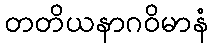
တတိယနာဂဝိမာနံ